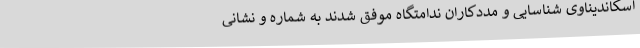
اسکاندیناوی شناسایی و مددکاران ندامتگاه موفق شدند به شماره و نشانی